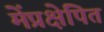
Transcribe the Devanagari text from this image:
मेंप्रक्षेपित